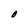
Character: O